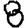
Digit: 8